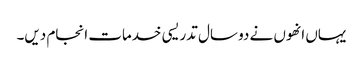
یہاں انھوں نے دو سال تدریسی خدمات انجام دیں۔